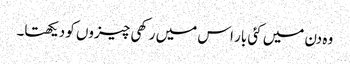
وہ دن میں کئی بار اس میں رکھی چیزوں کو دیکھتا۔